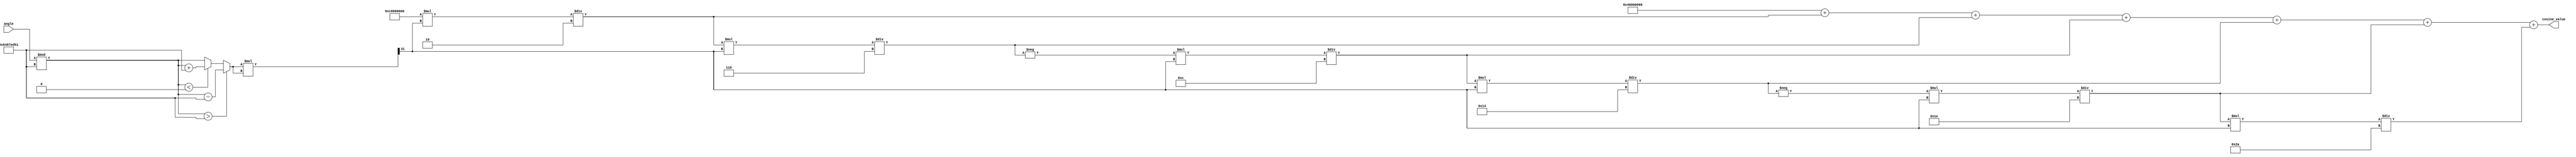
module CosineCalculator (
    input wire [31:0] angle,         // Input angle in fixed-point (Q31 format)
    output reg [31:0] cosine_value    // Output cosine value in fixed-point (Q31 format)
);

    // Constants for fixed-point representation of 2
    parameter [31:0] TWO_PI = 32'h6487ED51; // 2 in Q31 format (approximately 6.283185307)

    // Taylor series coefficients for cos(x)
    parameter [31:0] COEFF_0 = 32'h40000000; // 1.0 in Q31
    parameter [31:0] COEFF_2 = 32'hBF000000; // -1/2! in Q31
    parameter [31:0] COEFF_4 = 32'h3E2AAAAB; // 1/4! in Q31
    parameter [31:0] COEFF_6 = 32'hBDB6DB6D; // -1/6! in Q31

    // Internal variables
    reg [31:0] normalized_angle;
    reg [31:0] angle_squared;
    reg [31:0] term;
    reg [31:0] sum;
    integer i;

    // Normalize angle to [0, 2]
    always @(*) begin
        normalized_angle = angle % TWO_PI;
        if (normalized_angle > TWO_PI) begin
            normalized_angle = normalized_angle - TWO_PI;
        end else if (normalized_angle < 0) begin
            normalized_angle = normalized_angle + TWO_PI;
        end
    end

    // Compute cosine using Taylor series approximation
    always @(*) begin
        // Initialize
        angle_squared = (normalized_angle * normalized_angle) >> 31; // x^2 / 1 (Q31)
        term = COEFF_0; // Start with 1.0
        sum = term; // Initialize sum with first term

        // Compute terms of the Taylor series
        for (i = 1; i <= 6; i = i + 1) begin
            if (i % 2 == 1) begin
                term = -term * angle_squared / (i * (i + 1)); // Alternate signs and divide by factorial
            end else begin
                term = term * angle_squared / (i * (i + 1)); // Just divide by factorial
            end
            sum = sum + term; // Accumulate terms
        end

        cosine_value = sum; // Final cosine value
    end

endmodule